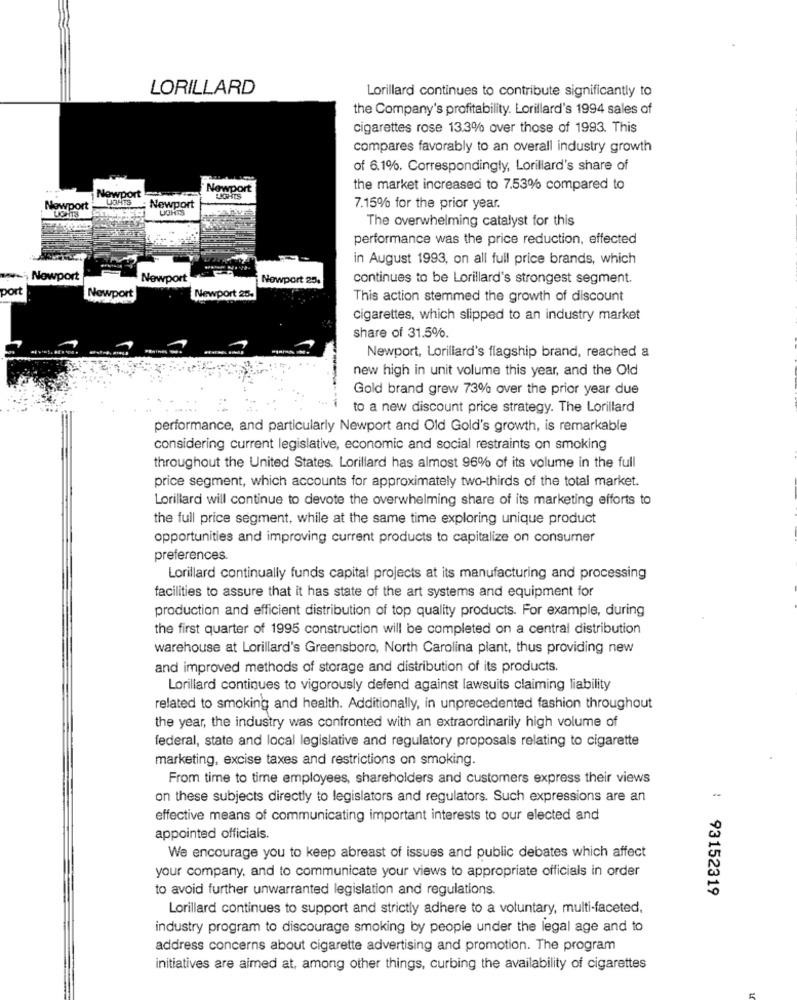
LORILLARD
Lorillard continues to contribute significantly to
the Company's profitability. Lorillard's 1994 sales of
cigarettes rose 13.3% over those of 1993. This
compares favorably to an overall industry growth
of 6.1%. Correspondingly, Lorillard's share of
Newport
Newpor
the market increased to 7.53% compared to
LIGHTS
Newport
LIGHTS
Newport
UGHTS
LIGHTS
7.15% for the prior year.
The overwhelming catalyst for this
performance was the price reduction, effected
in August 1993, on all full price brands, which
Newport
Newport
Nowport 25.
continues to be Lorillard's strongest segment.
bort
Newport
Newport 25.
This action stemmed the growth of discount
cigarettes, which slipped to an industry market
share of 31.5%.
Newport, Lorillard's flagship brand, reached a
new high in unit volume this year, and the Old
Gold brand grew 73% over the prior year due
to a new discount price strategy. The Lorillard
performance, and particularly Newport and Old Gold's growth, is remarkable
considering current legislative, economic and social restraints on smoking
throughout the United States. Lorillard has almost 96% of its volume in the full
price segment, which accounts for approximately two-thirds of the total market.
Lorillard will continue to devote the overwhelming share of its marketing efforts to
the full price segment, while at the same time exploring unique product
opportunities and improving current products to capitalize on consumer
preferences.
Lorillard continually funds capital projects at its manufacturing and processing
facilities to assure that it has state of the art systems and equipment for
production and efficient distribution of top quality products. For example, during
the first quarter of 1995 construction will be completed on a central distribution
warehouse at Lorillard's Greensboro, North Carolina plant, thus providing new
and improved methods of storage and distribution of its products.
Lorillard continues to vigorously defend against lawsuits claiming liability
related to smoking and health. Additionally, in unprecedented fashion throughout
the year, the industry was confronted with an extraordinarily high volume of
federal, state and local legislative and regulatory proposals relating to cigarette
marketing, excise taxes and restrictions on smoking.
From time to time employees, shareholders and customers express their views
on these subjects directly to legislators and regulators. Such expressions are an
effective means of communicating important interests to our elected and
appointed officials.
We encourage you to keep abreast of issues and public debates which affect
your company, and to communicate your views to appropriate officials in order
to avoid further unwarranted legislation and regulations.
: 93152319
Lorillard continues to support and strictly adhere to a voluntary, multi-faceted,
industry program to discourage smoking by people under the legal age and to
address concerns about cigarette advertising and promotion. The program
initiatives are aimed at, among other things, curbing the availability of cigarettes